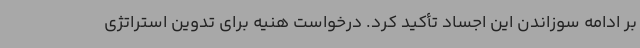
بر ادامه سوزاندن این اجساد تأکید کرد. درخواست هنیه برای تدوین استراتژی